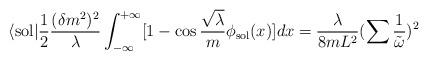
LaTeX: \begin{align*}\langle {\rm sol}|\frac{1}{2}\frac{(\delta m^{2})^{2}}{\lambda}\int_{-\infty}^{+\infty}[1-\cos \frac{\sqrt{\lambda}}{m}\phi_{\rm sol}(x)]dx=\frac{\lambda}{8m L^{2}}(\sum\frac{1}{\tilde{\omega}})^{2}\end{align*}